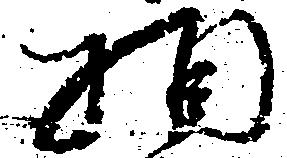
相